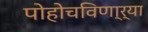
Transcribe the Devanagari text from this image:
पोहोचविणा्र्‍या